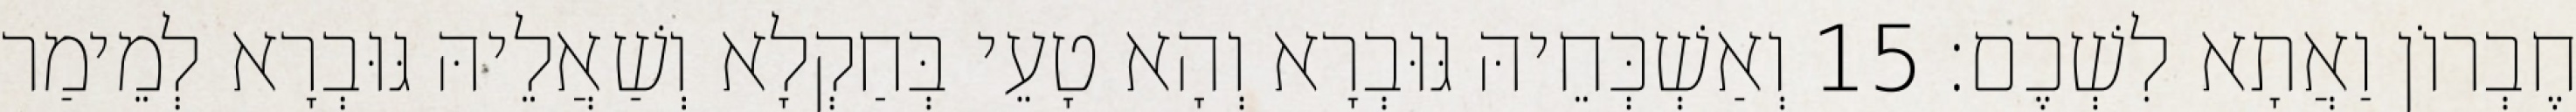
חֶבְרוֹן וַאֲתָא לִשְׁכֶם׃ 15 וְאַשְׁכְּחֵיהּ גּוּבְרָא וְהָא טָעֵי בְּחַקְלָא וְשַׁאֲלֵיהּ גּוּבְרָא לְמֵימַר